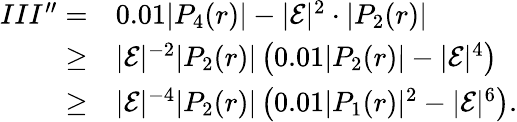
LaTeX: \begin{array}{rl}{III^{\prime\prime}=}&{0.01|P_{4}(r)|-|\mathcal{E}|^{2}\cdot|P_{2}(r)|}\\ {\geq}&{|\mathcal{E}|^{-2}|P_{2}(r)|\left(0.01|P_{2}(r)|-|\mathcal{E}|^{4}\right)}\\ {\geq}&{|\mathcal{E}|^{-4}|P_{2}(r)|\left(0.01|P_{1}(r)|^{2}-|\mathcal{E}|^{6}\right).}\end{array}